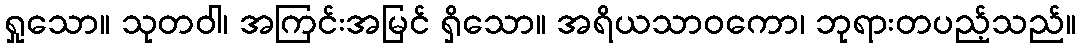
ရှုသော။ သုတဝါ၊ အကြင်းအမြင် ရှိသော။ အရိယသာဝကော၊ ဘုရားတပည့်သည်။